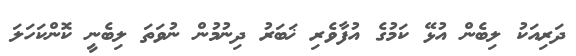
ދަރިއަކު ލިބެން އުޅޭ ކަމުގެ އުފާވެރި ޚަބަރު ދިނުމުން ނުވަތަ ލިބެނީ ކޮންކަހަލަ